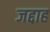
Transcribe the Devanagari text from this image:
जद्दाह